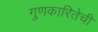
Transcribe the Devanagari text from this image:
गुणकारितेची